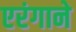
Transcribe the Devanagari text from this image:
एरंगाने